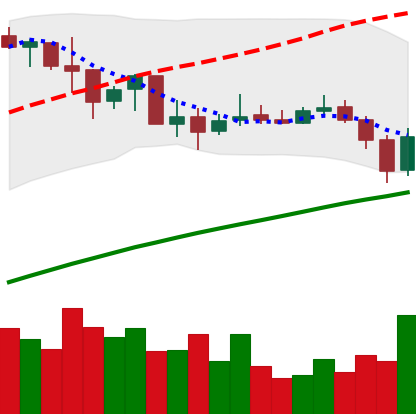
Ticker: BNB-USD
Chart end date: 2019-07-12
Forward return: -14.118%
Label: down_7plus